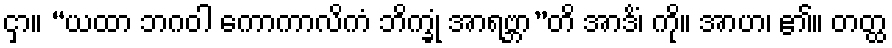
ငှာ။ “ယထာ ဘဂဝါ ကောကာလိကံ ဘိက္ခုံ အာရဗ္ဘာ”တိ အာဒိံ၊ ကို။ အာဟ၊ ၏။ တတ္ထ